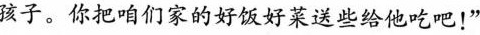
孩子。你把咱们家的好饭好菜送些给他吃吧！”